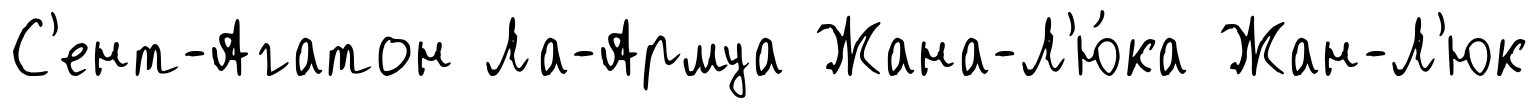
С'ент-Агатон Ла-Армуа Жана-Л'ю́ка Жан-Л'юк